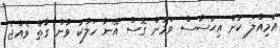
އަމިއްލަ ކުށް އިޙުސާސް ވަމުން ގޮސް އޭނާ ހަލާކު ވާން ގާތް ވެއްޖެ